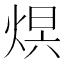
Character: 𤊋